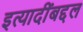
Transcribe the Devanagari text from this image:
इत्यादींबद्दल